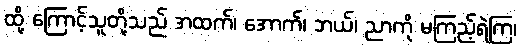
ထို့ ကြောင့်သူတို့သည် အထက်၊ အောက်၊ ဘယ်၊ ညာကို မကြည့်ရဲကြ၊